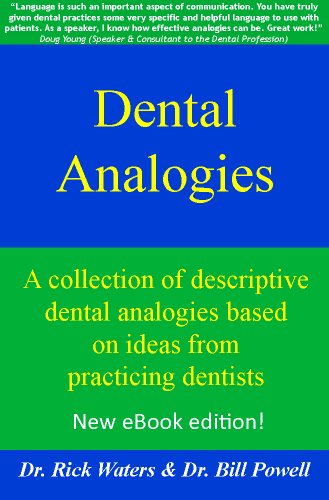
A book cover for Dental Analogies: the eBook edition; Dr. Rick Waters; Medical Books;